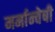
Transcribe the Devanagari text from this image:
मर्मान्‍वेषी